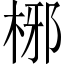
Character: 㭨